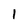
Character: 1